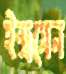
ইন্দ্রসেন